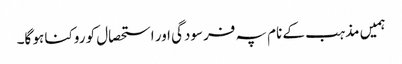
ہمیں مذہب کے نام پہ فرسودگی اور استحصال کو روکنا ہو گا۔